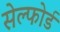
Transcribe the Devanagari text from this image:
सेल्फोर्ड